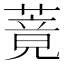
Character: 䔔